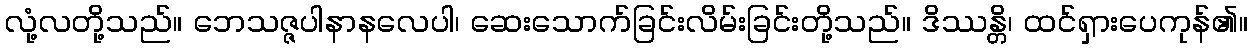
လုံ့လတို့သည်။ ဘေသဇ္ဇပါနာနလေပါ၊ ဆေးသောက်ခြင်းလိမ်းခြင်းတို့သည်။ ဒိဿန္တိ၊ ထင်ရှားပေကုန်၏။